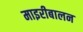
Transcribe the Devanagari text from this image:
माइरीबालन